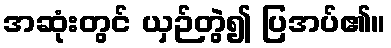
အဆုံးတွင် ယှဉ်တွဲ၍ ပြအပ်၏။